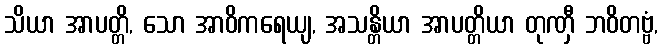
သိယာ အာပတ္တိ, သော အာဝိကရေယျ, အသန္တိယာ အာပတ္တိယာ တုဏှီ ဘဝိတဗ္ဗံ,